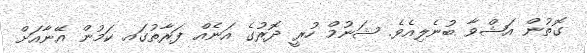
ގޮތުން އަޝްވާ ބުނެލިއެވެ. ޝަނުމް ހުރީ ދޮރުގެ އަނެއް ފަރާތުގައ ކަމުން އޭނާއަށް